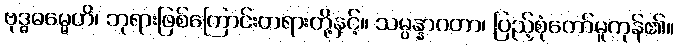
ဗုဒ္ဓဓမ္မေဟိ၊ ဘုရားဖြစ်ကြောင်းတရားတို့နှင့်။ သမ္ပန္နာဂတာ၊ ပြည့်စုံတော်မူကုန်၏။